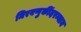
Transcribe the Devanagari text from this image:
मिरवणुकींदरम्यान